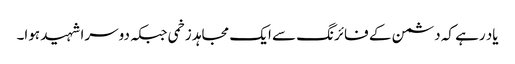
یاد رہے کہ دشمن کے فائرنگ سے ایک مجاہد زخمی جبکہ دوسرا شہید ہوا۔